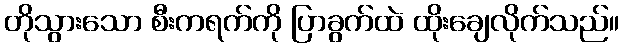
တိုသွားသော စီးကရက်ကို ပြာခွက်ထဲ ထိုးချေလိုက်သည်။